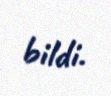
bildi.